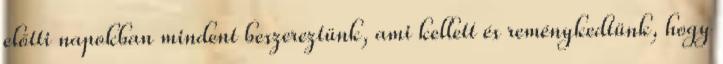
előtti napokban mindent beszereztünk, ami kellett és reménykedtünk, hogy